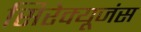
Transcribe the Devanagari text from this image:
सिरेक्यूजंस